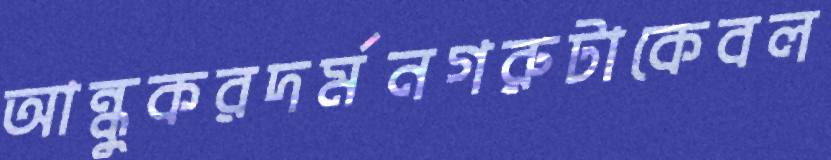
আন্ধুকরদর্মনগরুটাকেবল